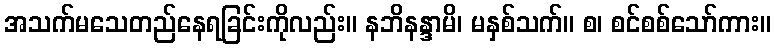
အသက်မသေတည်နေရခြင်းကိုလည်း။ နဘိနန္ဒာမိ၊ မနှစ်သက်။ စ၊ စင်စစ်သော်ကား။